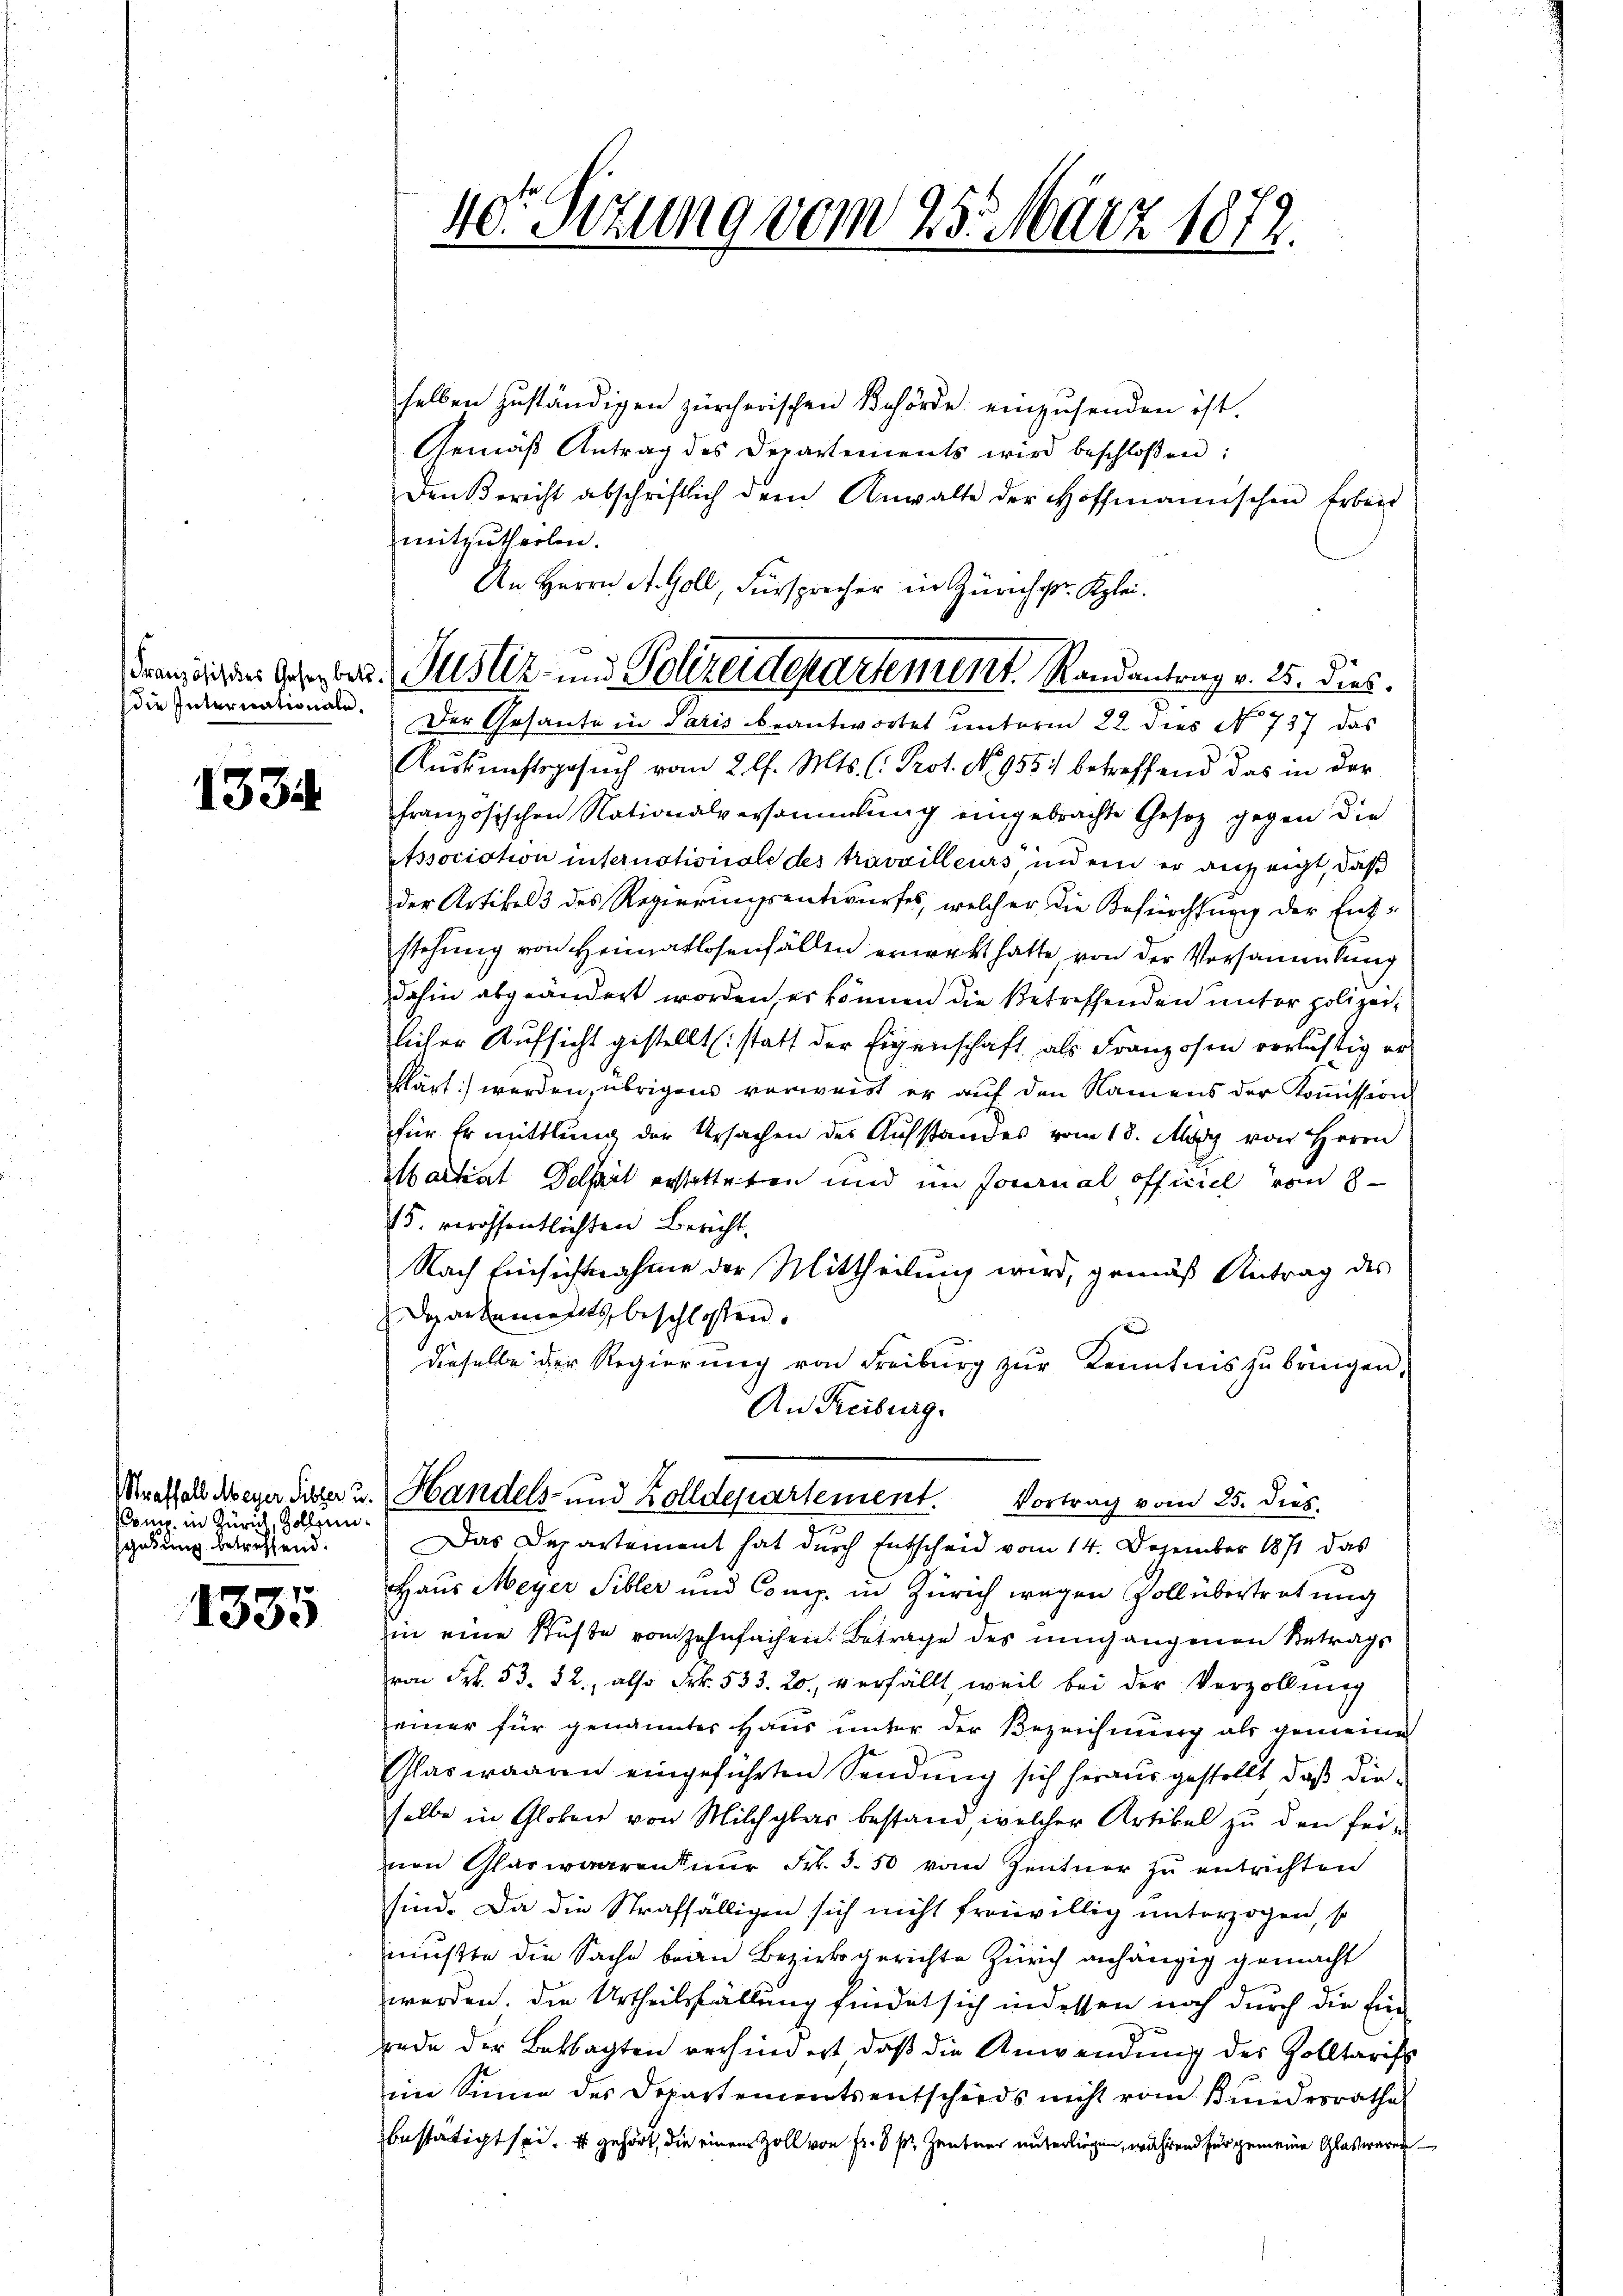
die Internationale.

1334

Komp. in Zürich, Zollengabung betreffend.

. 70.
1335

40t Sizung vom 25. März 1872.

dran sichtens des best. Justiz- und Polizeidepartement, Randantrag v. 25. dies
Der Gesante in Paris beantwortet unterm 22. dies No 737 das

selben zuständigen zürcherischen Behörde einzusenden ist.
Gemäß Antrag des Departements wird beschloßen:
Den Bericht abschriftlich der Anwalte der Hoffmannischen Erbeit
mitzutheilen.
An Herrn St. Goll, Fürsprecher in Zürich pr. Klei¬
Auskunftsgesuch vom 2. l. Mts. (: Prot. No 955 betreffend das in der
französischen Nationalversammlung eingebrachte Gesetz gegen die
Association internationale des travvilleurs indem er anzeigt, daß
der Artikel 3 des Regierungsentwurfes, welcher die Befürchtung der Entstehung von Heimatlosenfällen errekt hatte, von der Versammlung
dahin abgeändert worden, er können die Betreffenden unter polizeilicher Aufsicht gestellt (statt der Eigenschaft als Franzosen verlichtig erklärt werden, übrigens verweist er auf den Namens der Koṁission
für Ermittlung der Ursachen des Aufstandes vom 18. May von Herrn
Martiat Detail erstatteten und im Journal officiel vom 8.
15. veröffentlichten Bericht.
Nach Einsichtnahme der Mittheilung wird, gemäß Antrag des
Departements beschlossen.
dieselbe der Regierung von Freiburg zur Kenntnis zu bringen,
An Freiburg.
Mraffall weger Suszer u. Handels- und Zolldepartement. Vortrag vom 25. dies
Das Departement hat durch Entscheid vom 14. Dezember 1871 das
Haus Meyer Sibler und Comp. in Zürich wegen Voll übertretung
in eine Suste vom zehnfachen. Betrage des umgangenen Betrags
von Frk. 53. 82., also Frk. 533. 20. verfällt, weil bei der Verzöllung
einer für genanntes Haus unter der Bezeichnung als gemeine
Glaswaaren eingeführten Sendung sich heraus gestellt, daß dieselbe in Globen von Milchglar bestand, welcher Artikel zu den feinen Glaswaaren nur Frk. 3. 50 vom Zentner zu entrichten
sind. Da die Straffälligen sich nicht freiwillig unterzogen, so
mußte die Sache bean Bezirksgerichte Zürich anhängig gemacht
werden. Die Urtheilsfällung findet sich indessen noch durch die Einrede der Beklagten verhindert, daß die Anwendung des Zolltarift
im Sinne des Departementsentschieds nicht vom Bundesrathes
bestätigt sei. Es gehört, die einem Zoll von Fr. 6 pr. Zentner unterliegen, während für gemeine Glaswaren